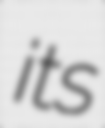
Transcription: its